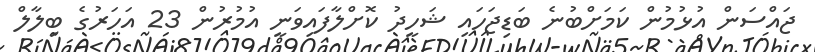
ޖައްސަން އުޅުމުން ކަމަށްބުނެ ބަޑިޖަހައި ޝަހީދު ކޮށްލާފައިވަނީ އުމުރުން 23 އަހަރުގެ ބިލާލް